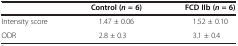
|  | Control (n = 6) | FCD IIb (n = 6) |
 | --- | --- | --- |
 | Intensity score | 1.47 ± 0.06 | 1.52 ± 0.10 |
 | ODR | 2.8 ± 0.3 | 3.1 ± 0.4 |